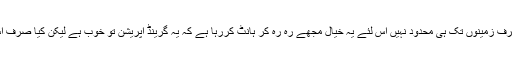
تجاوزات ہمارے اقوال اور افعال میں بھی ہیں اور قبضے صرف زمینوں تک ہی محدود نہیں اس لئے یہ خیال مجھے رہ رہ کر ہانٹ کررہا ہے کہ یہ گرینڈ آپریشن تو خوب ہے لیکن کیا صرف اس ایک آپریشن سے واقعی سدا بہار قسم کا سدھار آجائے گا؟